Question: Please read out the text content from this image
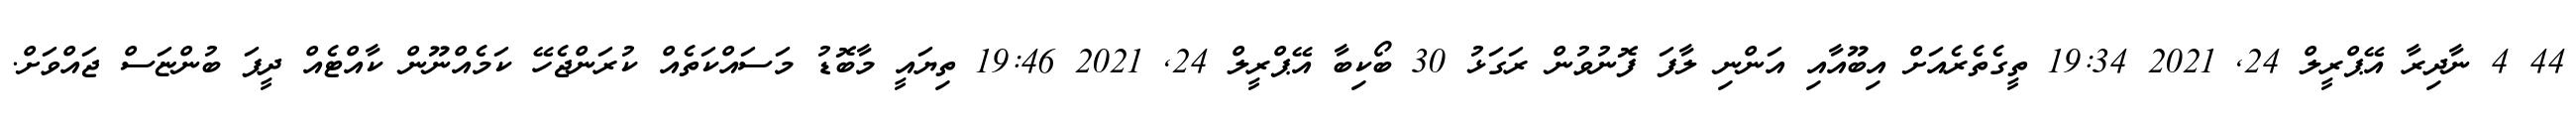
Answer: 44 4 ނާދިރާ އޭޕްރީލް 24, 2021 19:34 ތީގެތެރެއަށް އިބޫއާއި އަންނި ލާފަ ފޮނުވުން ރަގަޅު 30 ބޯކިބާ އޭޕްރީލް 24, 2021 19:46 ތިޔައީ މާބޮޑު މަސައްކަތެއް ކުރަންޖެހޭ ކަމެއްނޫން ކާއްޓެއް ދީފަ ބުންޏަސް ޖައްވަށް.